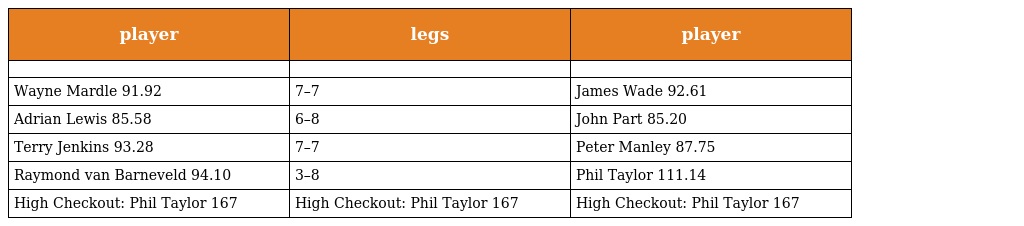
| player | legs | player |
 | --- | --- | --- |
 |  |  |  |
 | Wayne Mardle 91.92 | 7–7 | James Wade 92.61 |
 | Adrian Lewis 85.58 | 6–8 | John Part 85.20 |
 | Terry Jenkins 93.28 | 7–7 | Peter Manley 87.75 |
 | Raymond van Barneveld 94.10 | 3–8 | Phil Taylor 111.14 |
 | High Checkout: Phil Taylor 167 | High Checkout: Phil Taylor 167 | High Checkout: Phil Taylor 167 |